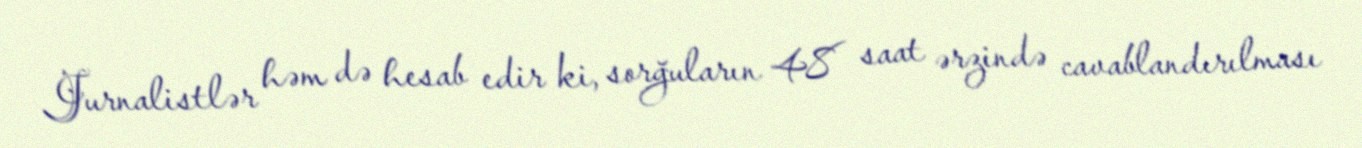
Jurnalistlər həm də hesab edir ki, sorğuların 48 saat ərzində cavablandırılması